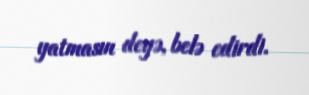
yatmasın deyə, belə edirdi.